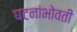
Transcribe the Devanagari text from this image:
घटनांभोवती